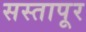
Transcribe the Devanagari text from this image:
सस्तापूर